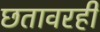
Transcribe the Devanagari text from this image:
छतावरही